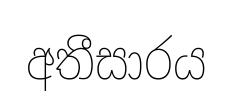
අතීසාරය